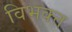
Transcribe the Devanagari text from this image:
विभक्त्त